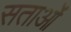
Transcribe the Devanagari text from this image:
सताओं